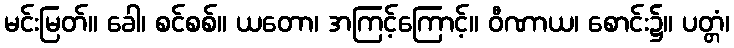
မင်းမြတ်။ ခေါ၊ စင်စစ်။ ယတော၊ အကြင့်ကြောင့်။ ဝီဏာယ၊ စောင်း၌။ ပတ္တံ၊